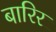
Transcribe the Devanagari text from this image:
बारिर